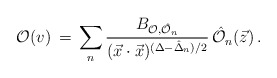
\begin{align*}{\cal O}(v) \, = \, \sum\limits_{n} \frac{B_{{\cal O}, \hat {\cal O}_n}}{ (\vec{x} \cdot \vec{x})^{(\Delta - \hat \Delta_n)/2}} \, \hat{{\cal O}}_n(\vec{z}) \, .\end{align*}